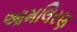
આમલિરણ